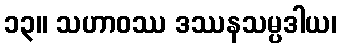
၁၃။ သဟာဝဿ ဒဿနသမ္ပဒါယ၊